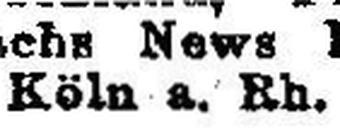
Köln a. Rh.